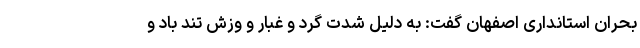
بحران استانداری اصفهان گفت: به دلیل شدت گرد و غبار و وزش تند باد و